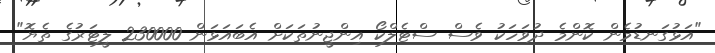
"އަޅުގަނޑުމެން ކޮންމެ ދުވަހަކު ވެސް ސްޓެލްކޯ އިންޖީނުތަކަށް އެބައަޅަން 230000 ލީޓަރުގެ ތެޔޮ"